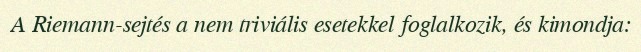
A Riemann-sejtés a nem triviális esetekkel foglalkozik, és kimondja: